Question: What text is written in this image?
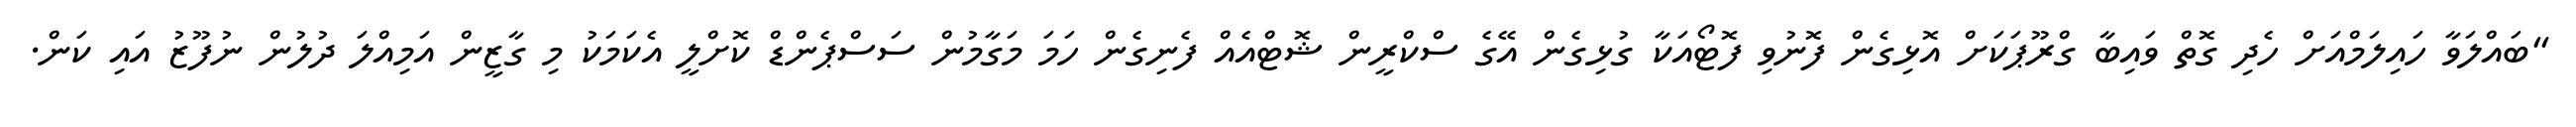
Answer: "ބައްލަވާ ހައިލަމްއަށް ހެދި ގޮތް ވައިބާ ގްރޫޕަކަށް އޮޅިގެން ފޮނުވި ފޮޓޯއަކާ ގުޅިގެން އޭގެ ސްކްރީން ޝޮޓްއެއް ފެނިގެން ހަމަ މަގާމުން ސަސްޕެންޑް ކޮށްލީ އެކަމަކު މި ގާޒީން އަމިއްލަ ދުލުން ނުފޫޒު އައި ކަން.